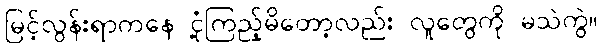
မြင့်လွန်းရာကနေ ငုံ့ကြည့်မိတော့လည်း လူတွေကို မသဲကွဲ။